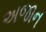
અજાન